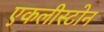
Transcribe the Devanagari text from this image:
एकलीस्टोन